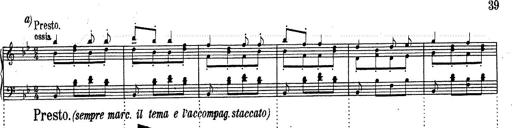
Title: RÃ©miniscences de Don Juan
Composer: Franz Liszt